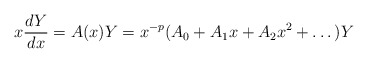
\begin{align*}x \frac{dY}{d x} = A (x) Y = x^{-p} (A_0 + A_1 x + A_2 x^2 + \dots) Y\end{align*}